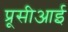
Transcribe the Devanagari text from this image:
प्रूसीआई